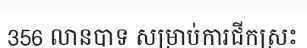
356 លានបាទ សម្រាប់ការជីកស្រះ